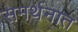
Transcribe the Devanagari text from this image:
समर्थनात